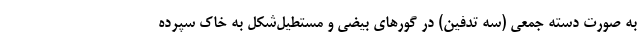
به صورت دسته جمعی (سه تدفین) در گورهای بیضی و مستطیل‌شکل به خاک سپرده